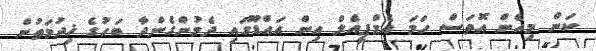
ކަން މިހެން އޮތަސް ހަމަ އެމްޕީއެލް އިން އައްޑޫގައި ދެމުންގެންދާ ބަހުގެ ޚިދުމަތުން